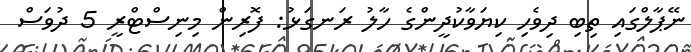
ނޭޕާލްގައި ތިބި ދިވެހި ކިޔަވާކުދީންގެ ހާލު ރަނގަޅު: ފޮރިން މިނިސްޓްރީ 5 ދުވަސް